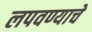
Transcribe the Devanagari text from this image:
लपवण्याचे